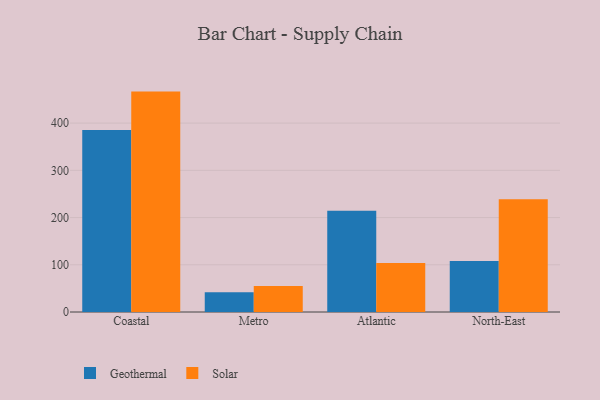
{"axis": {"x": "Region", "y": "Satisfaction Score"}, "legend": ["Geothermal", "Solar"], "data": [{"x": "Coastal", "y": 385.6, "type": "Geothermal"}, {"x": "Coastal", "y": 466.7, "type": "Solar"}, {"x": "Metro", "y": 42.0, "type": "Geothermal"}, {"x": "Metro", "y": 55.1, "type": "Solar"}, {"x": "Atlantic", "y": 214.4, "type": "Geothermal"}, {"x": "Atlantic", "y": 103.9, "type": "Solar"}, {"x": "North-East", "y": 108.2, "type": "Geothermal"}, {"x": "North-East", "y": 239.0, "type": "Solar"}]}